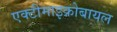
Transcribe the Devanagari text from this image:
एक्टीमाइक्रोबायल